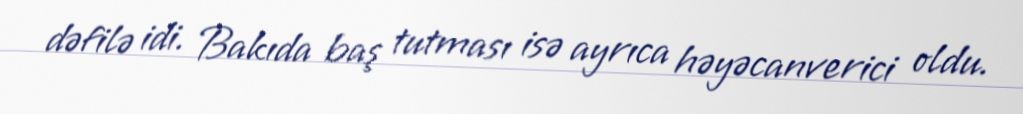
dəfilə idi. Bakıda baş tutması isə ayrıca həyəcanverici oldu.